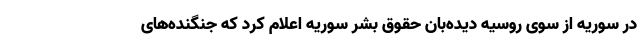
در سوریه از سوی روسیه دیده‌بان حقوق بشر سوریه اعلام کرد که جنگنده‌های